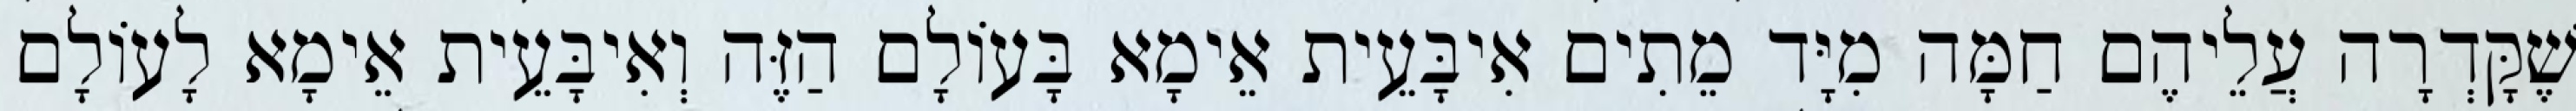
שֶׁקָּדְרָה עֲלֵיהֶם חַמָּה מִיָּד מֵתִים אִיבָּעֵית אֵימָא בָּעוֹלָם הַזֶּה וְאִיבָּעֵית אֵימָא לָעוֹלָם